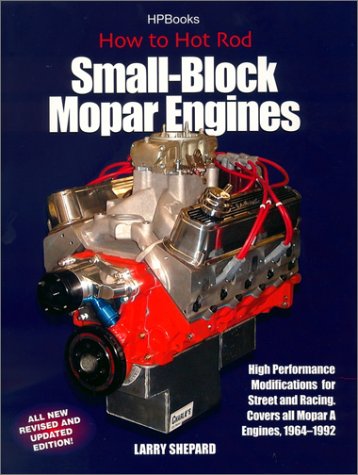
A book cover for How to Hot Rod Small-Block Mopar Engines; Larry Shepard; Literature & Fiction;